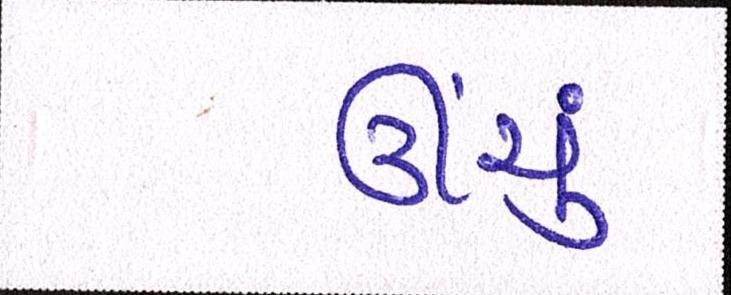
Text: ઊંચું